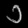
Digit: ၁